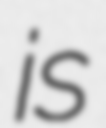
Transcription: is